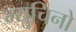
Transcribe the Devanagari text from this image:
म्युचिनो